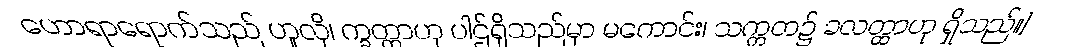
ဟောရာရောက်သည် ဟူလို၊ က္ခတ္ထာဟု ပါဌ်ရှိသည်မှာ မကောင်း၊ သက္ကတ၌ ခလတ္ထာဟု ရှိသည်။]